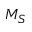
M _ { S }